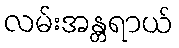
လမ်းအန္တရာယ်